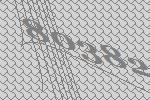
80382